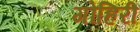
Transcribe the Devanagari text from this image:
गोहिरी